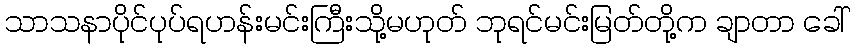
သာသနာပိုင်ပုပ်ရဟန်းမင်းကြီးသို့မဟုတ် ဘုရင်မင်းမြတ်တို့က ချာတာ ခေါ်